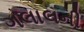
ગલાલની